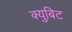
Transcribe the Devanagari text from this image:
क्युबिट